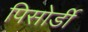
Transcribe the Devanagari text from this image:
पिसोर्डी